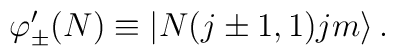
\varphi'_{\pm}(N) \equiv \left|N (j\pm1, 1) jm\right\rangle.